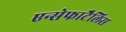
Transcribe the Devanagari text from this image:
एन्सेफाटैलिस